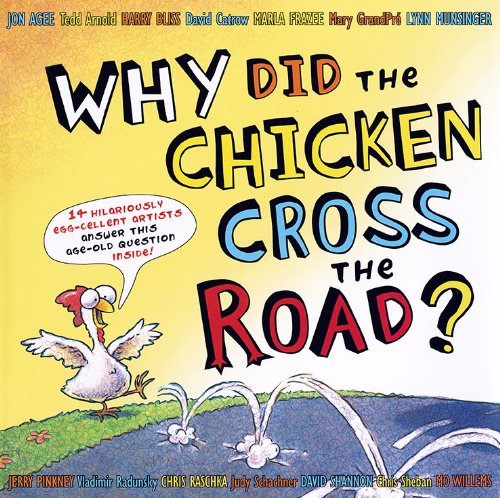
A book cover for Why Did the Chicken Cross the Road?; Tedd Arnold, Harry Bliss, David Catrow, Marla Frazee, Jerry Pinkney, Chris Raschka, Judy Schachner, David Shannon, Mo Willems Jon Agee; Children's Books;